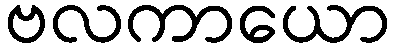
ဗလကာယော